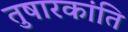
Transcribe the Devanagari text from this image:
तुषारकांति